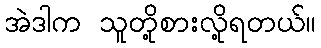
အဲဒါက သူတို့စားလို့ရတယ်။